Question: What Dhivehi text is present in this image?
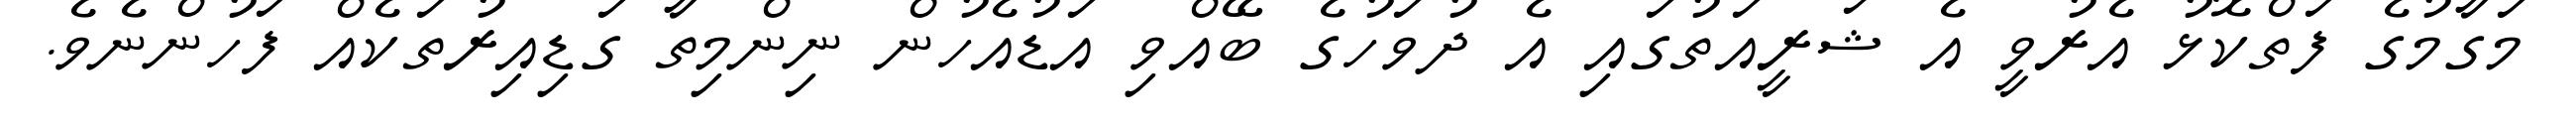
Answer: މަގާމުގެ ފަތްކޮޅު އެރުވީ އެ ޝަރީއަތުގައި އެ ދުވަހުގެ ބޭއްވި އަޑުއެހުން ނިންމިތާ ގަޑިއިރުތަކެއް ފަހުންނެވެ.